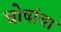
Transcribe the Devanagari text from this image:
घोषांचा